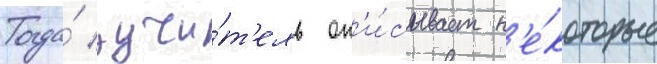
Тогда́ учи́т'ель оп'и́сывает н'е́которые